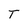
Character: T